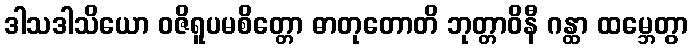
ဒါသဒါသိယော ဝဇိရူပမစိတ္တော ဓာတုတောတိ ဘုတ္တာဝိနီ ဂန္ထာ ထမ္ဘေတွာ